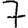
Digit: 7